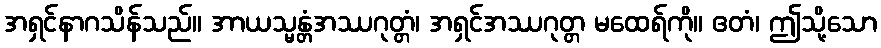
အရှင်နာဂသိန်သည်။ အာယသ္မန္တံအဿဂုတ္တံ၊ အရှင်အဿဂုတ္တ မထေရ်ကို။ ဧတံ၊ ဤသို့သော